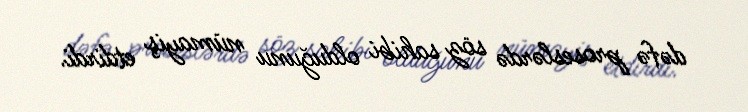
dəfə proseslərdə söz sahibi olduğunu nümayiş etdirdi.